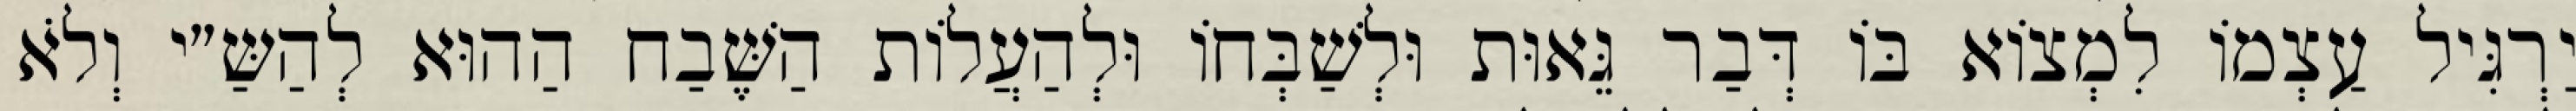
יַרְגִּיל עַצְמוֹ לִמְצוֹא בּוֹ דְּבַר גֵּאוּת וּלְשַׁבְּחוֹ וּלְהַעֲלוֹת הַשֶּׁבַח הַהוּא לְהַשַּ״י וְלֹא